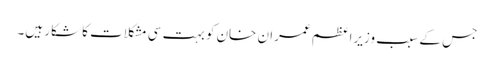
جس کے سبب وزیراعظم عمران خان کو بہت سی مشکلات کا شکار ہیں۔